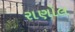
રાણોલ